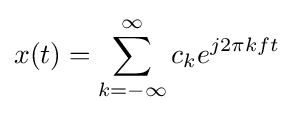
x(t)=\sum _{k=-\infty }^{\infty }c_{k}e^{j2\pi kft}